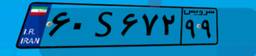
۶۰S۶۷۲۹۹